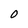
Character: O